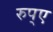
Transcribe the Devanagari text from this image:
रुप्ए